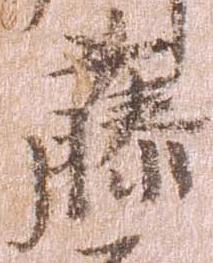
藤